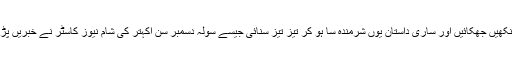
اب دادا نے آنکھیں جھکائیں اور ساری داستان یوں شرمندہ سا ہو کر تیز تیز سنائی جیسے سولہ دسمبر سن اکہتر کی شام نیوز کاسٹر نے خبریں پڑھیں ہوں گی۔